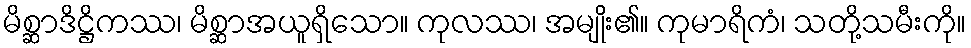
မိစ္ဆာဒိဋ္ဌိကဿ၊ မိစ္ဆာအယူရှိသော။ ကုလဿ၊ အမျိုး၏။ ကုမာရိကံ၊ သတို့သမီးကို။